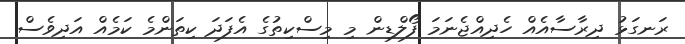
ރަނގަޅު ދިރާސާއެއް ހެދިއްޖެނަމަ ފޯލްޑިން މި މިސްކިތުގެ އެފަދަ ކިތަންމެ ކަމެއް އަދިވެސް